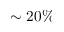
\sim 2 0 \%